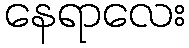
နေရာလေး